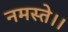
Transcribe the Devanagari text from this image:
नमस्ते।।